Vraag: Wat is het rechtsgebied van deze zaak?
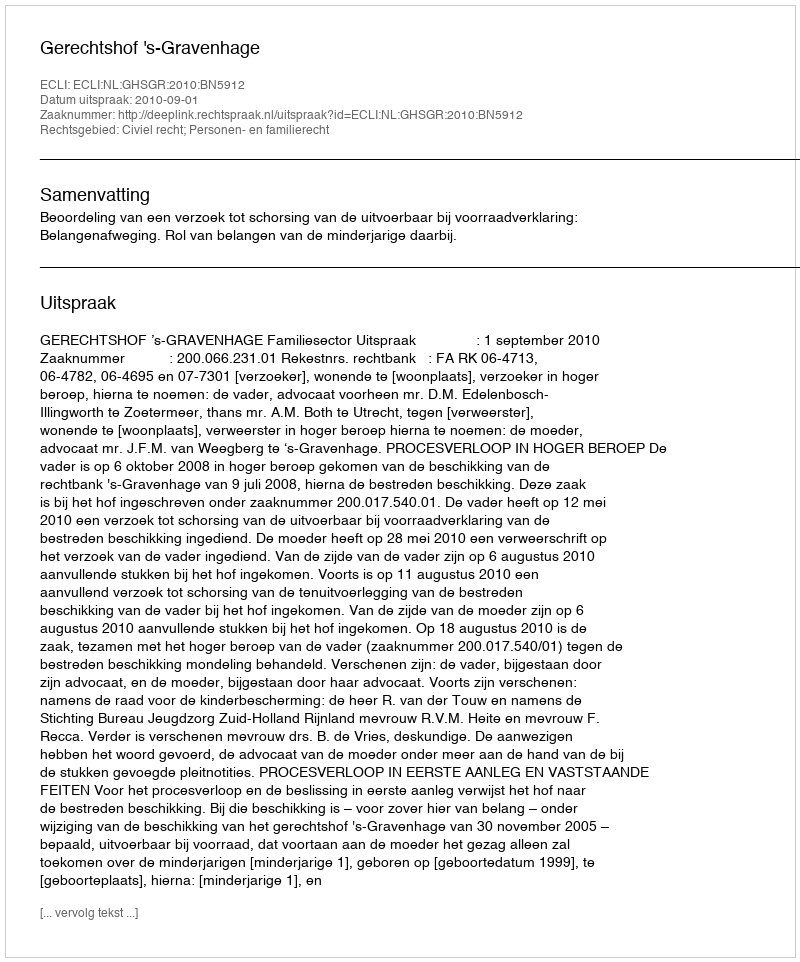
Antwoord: Civiel recht; Personen- en familierecht